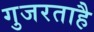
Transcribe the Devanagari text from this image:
गुजरताहै